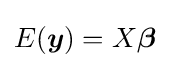
E({\boldsymbol {y}})=X{\boldsymbol {\beta }}